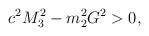
LaTeX: \begin{align*}c^{2}M_{3}^{2} - m_{2}^{2}G^{2} > 0,\end{align*}